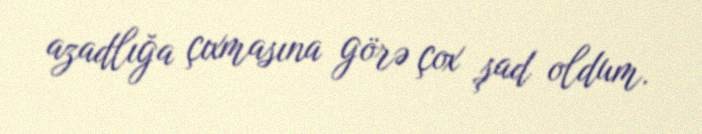
azadlığa çıxmasına görə çox şad oldum.